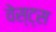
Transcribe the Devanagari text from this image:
वेस्ट्स